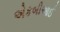
એકબીઆઈ